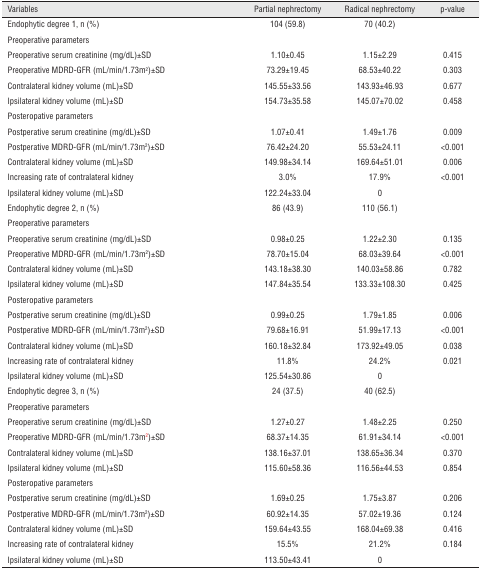
<table><thead><tr><td><b>Variables</b></td><td><b>Partial nephrectomy</b></td><td><b>Radical nephrectomy</b></td><td><b>p-value</b></td></tr></thead><tbody><tr><td>Endophytic degree 1, n (%)</td><td>104 (59.8)</td><td>70 (40.2)</td><td></td></tr><tr><td>Preoperative parameters</td><td></td><td></td><td></td></tr><tr><td>Preoperative serum creatinine (mg/dL)±SD</td><td>1.10±0.45</td><td>1.15±2.29</td><td>0.415</td></tr><tr><td>Preoperative MDRD-GFR (mL/min/1.73m<sup>2</sup>)±SD</td><td>73.29±19.45</td><td>68.53±40.22</td><td>0.303</td></tr><tr><td>Contralateral kidney volume (mL)±SD</td><td>145.55±33.56</td><td>143.93±46.93</td><td>0.677</td></tr><tr><td>Ipsilateral kidney volume (mL)±SD</td><td>154.73±35.58</td><td>145.07±70.02</td><td>0.458</td></tr><tr><td>Posteropative parameters</td><td></td><td></td><td></td></tr><tr><td>Postperative serum creatinine (mg/dL)±SD</td><td>1.07±0.41</td><td>1.49±1.76</td><td>0.009</td></tr><tr><td>Postperative MDRD-GFR (mL/min/1.73m<sup>2</sup>)±SD</td><td>76.42±24.20</td><td>55.53±24.11</td><td>&lt;0.001</td></tr><tr><td>Contralateral kidney volume (mL)±SD</td><td>149.98±34.14</td><td>169.64±51.01</td><td>0.006</td></tr><tr><td>Increasing rate of contralateral kidney</td><td>3.0%</td><td>17.9%</td><td>&lt;0.001</td></tr><tr><td>Ipsilateral kidney volume (mL)±SD</td><td>122.24±33.04</td><td>0</td><td></td></tr><tr><td>Endophytic degree 2, n (%)</td><td>86 (43.9)</td><td>110 (56.1)</td><td></td></tr><tr><td>Preoperative parameters</td><td></td><td></td><td></td></tr><tr><td>Preoperative serum creatinine (mg/dL)±SD</td><td>0.98±0.25</td><td>1.22±2.30</td><td>0.135</td></tr><tr><td>Preoperative MDRD-GFR (mL/min/1.73m<sup>2</sup>)±SD</td><td>78.70±15.04</td><td>68.03±39.64</td><td>&lt;0.001</td></tr><tr><td>Contralateral kidney volume (mL)±SD</td><td>143.18±38.30</td><td>140.03±58.86</td><td>0.782</td></tr><tr><td>Ipsilateral kidney volume (mL)±SD</td><td>147.84±35.54</td><td>133.33±108.30</td><td>0.425</td></tr><tr><td>Posteropative parameters</td><td></td><td></td><td></td></tr><tr><td>Postperative serum creatinine (mg/dL)±SD</td><td>0.99±0.25</td><td>1.79±1.85</td><td>0.006</td></tr><tr><td>Postperative MDRD-GFR (mL/min/1.73m<sup>2</sup>)±SD</td><td>79.68±16.91</td><td>51.99±17.13</td><td>&lt;0.001</td></tr><tr><td>Contralateral kidney volume (mL)±SD</td><td>160.18±32.84</td><td>173.92±49.05</td><td>0.038</td></tr><tr><td>Increasing rate of contralateral kidney</td><td>11.8%</td><td>24.2%</td><td>0.021</td></tr><tr><td>Ipsilateral kidney volume (mL)±SD</td><td>125.54±30.86</td><td>0</td><td></td></tr><tr><td>Endophytic degree 3, n (%)</td><td>24 (37.5)</td><td>40 (62.5)</td><td></td></tr><tr><td>Preoperative parameters</td><td></td><td></td><td></td></tr><tr><td>Preoperative serum creatinine (mg/dL)±SD</td><td>1.27±0.27</td><td>1.48±2.25</td><td>0.250</td></tr><tr><td>Preoperative MDRD-GFR (mL/min/1.73m<sup>2</sup>)±SD</td><td>68.37±14.35</td><td>61.91±34.14</td><td>&lt;0.001</td></tr><tr><td>Contralateral kidney volume (mL)±SD</td><td>138.16±37.01</td><td>138.65±36.34</td><td>0.370</td></tr><tr><td>Ipsilateral kidney volume (mL)±SD</td><td>115.60±58.36</td><td>116.56±44.53</td><td>0.854</td></tr><tr><td>Posteropative parameters</td><td></td><td></td><td></td></tr><tr><td>Postperative serum creatinine (mg/dL)±SD</td><td>1.69±0.25</td><td>1.75±3.87</td><td>0.206</td></tr><tr><td>Postperative MDRD-GFR (mL/min/1.73m<sup>2</sup>)±SD</td><td>60.92±14.35</td><td>57.02±19.36</td><td>0.124</td></tr><tr><td>Contralateral kidney volume (mL)±SD</td><td>159.64±43.55</td><td>168.04±69.38</td><td>0.416</td></tr><tr><td>Increasing rate of contralateral kidney</td><td>15.5%</td><td>21.2%</td><td>0.184</td></tr><tr><td>Ipsilateral kidney volume (mL)±SD</td><td>113.50±43.41</td><td>0</td><td></td></tr></tbody></table>